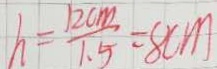
h = \frac { 1 2 c m } { 1 . 5 } = 8 c m